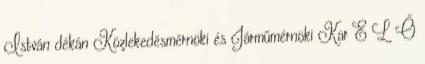
István dékán Közlekedésmérnöki és Járműmérnöki Kar E L Ő